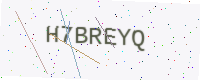
Text: H7BREYQ